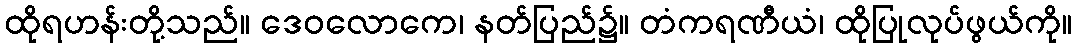
ထိုရဟန်းတို့သည်။ ဒေဝလောကေ၊ နတ်ပြည်၌။ တံကရဏီယံ၊ ထိုပြုလုပ်ဖွယ်ကို။